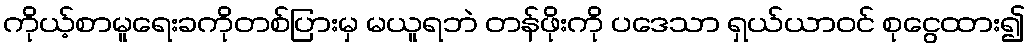
ကိုယ့်စာမူရေးခကိုတစ်ပြားမှ မယူရဘဲ တန်ဖိုးကို ပဒေသာ ရှယ်ယာဝင် စုငွေထား၍